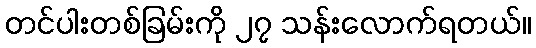
တင်ပါးတစ်ခြမ်းကို ၂၇ သန်းလောက်ရတယ်။